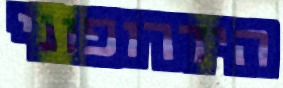
הידרופוני